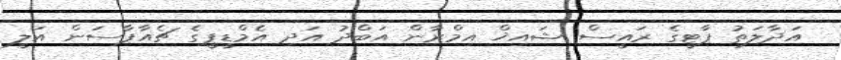
އަދާލަތު ޕާޓީގެ ރައީސް ޝައިޚް އިމްރާން އަބްދު އަދި އެމްޑީޕީގެ ޗެއާޕާސަން އަލީ